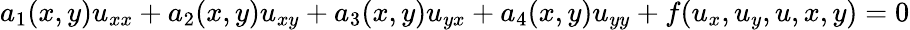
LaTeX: a_{1}(x,y)u_{xx}+a_{2}(x,y)u_{xy}+a_{3}(x,y)u_{yx}+a_{4}(x,y)u_{yy}+f(u_{x},u_{y},u,x,y)=0